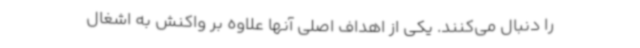
را دنبال می‌کنند. یکی از اهداف اصلی آنها علاوه بر واکنش به اشغال